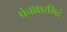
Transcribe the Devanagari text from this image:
पंचाक्षरमिदं